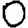
Digit: 0